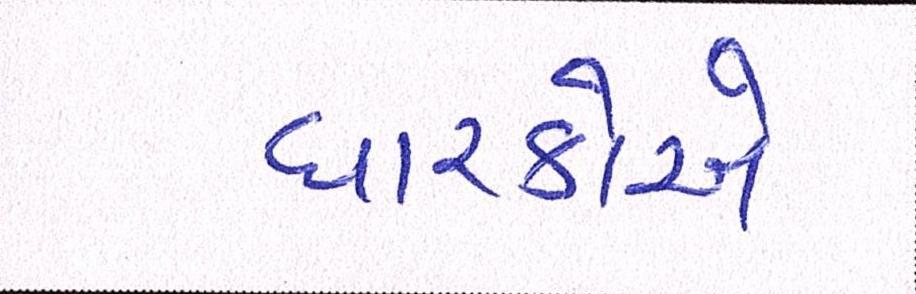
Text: ધારકોએ